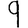
Digit: 9